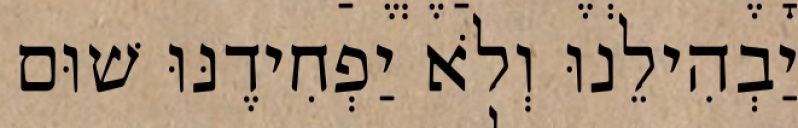
יַבְהִילֵנוּ וְלֹא יַפְחִידֶנּוּ שׁוּם